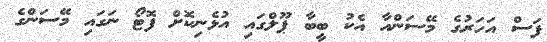
ފަސް އަހަރުގެ މޭސަންއާ އެކު ބީބާ ޕޫލްގައި އުޅެނިކޮށް ފޮޓޯ ނަގައި މޭސަންގެ